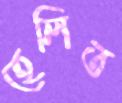
হেলিত